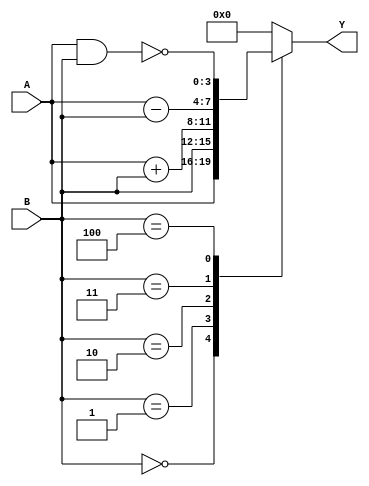
// Laboratorio #8 -- ALU

module ALU1 (input [3:0] A,input[3:0] B, output [3:0] Y);

reg v_temp;
reg [3:0] y_temp;
reg [4:0] temp;

assign Y = temp[3:0];


//inicio de la ALU
always @ (A,B) begin

case(B)  // Case para las operaciones logicas

  3'b000: temp = A;
  3'b001: temp = B;
  3'b010: temp = A+B;
  3'b011: temp = A-B;
  3'b100: temp = ~(A&B);
  default: temp = 0;

endcase

end

endmodule